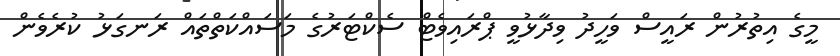
މީގެ އިތުރުން ރައީސް ވަހީދު ވިދާޅުވީ ޕްރައިވެޓް ސެކްޓަރުގެ މަސައްކަތްތައް ރަނގަޅު ކުރެވެން